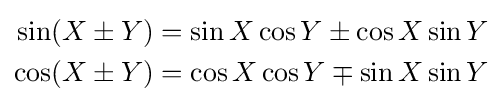
{\begin{aligned}\sin(X\pm Y)=\sin X\cos Y\pm \cos X\sin Y\\\cos(X\pm Y)=\cos X\cos Y\mp \sin X\sin Y\end{aligned}}